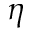
\eta